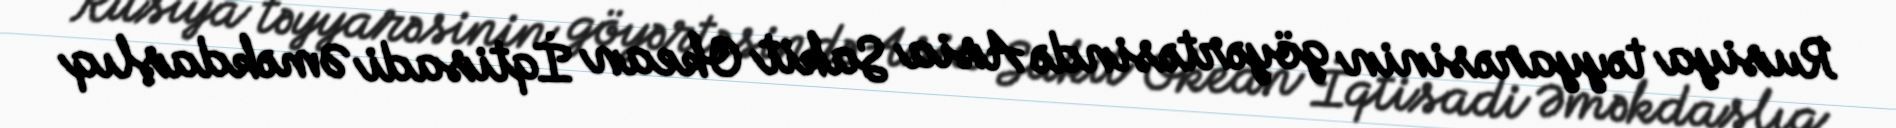
Rusiya təyyarəsinin göyərtəsində Asia Sakit Okean İqtisadi Əməkdaşlıq